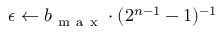
\epsilon \leftarrow b _ { \mathrm { ~ m ~ a ~ x ~ } } \cdot ( { 2 ^ { n - 1 } - 1 } ) ^ { - 1 }